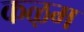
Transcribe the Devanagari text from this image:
कऴम